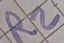
Text: R2